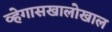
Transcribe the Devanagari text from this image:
व्हेगासखालोखाल